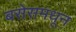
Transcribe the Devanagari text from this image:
बसेसमधून